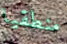
منطقيا